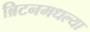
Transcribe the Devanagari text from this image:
ब्रिटनमधल्या